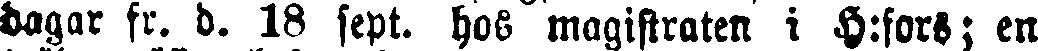
dagar fr. d. 18 sept. hos magistraten i H:fors; en